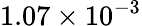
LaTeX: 1.07\times 10^{-3}